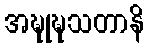
အဍ္ဎုဍ္ဎသတာနိ